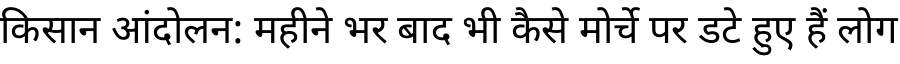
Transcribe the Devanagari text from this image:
किसान आंदोलन: महीने भर बाद भी कैसे मोर्चे पर डटे हुए हैं लोग